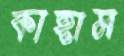
কাহাম